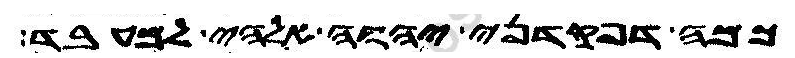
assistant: כמה דפקדני יהוה אלהי למעבד